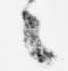
々